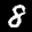
Digit: 8